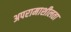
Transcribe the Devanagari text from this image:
अपरामाशीलता